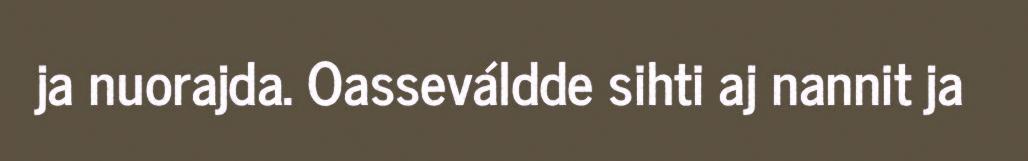
ja nuorajda. Oasseváldde sihti aj nannit ja